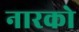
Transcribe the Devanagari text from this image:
नारको